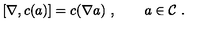
[ \nabla , c ( a ) ] = c ( \nabla a ) \ , \qquad a \in { \cal C } \ .